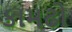
કામઢો